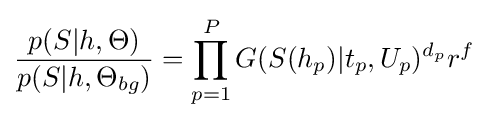
{\frac {p(S|h,\Theta )}{p(S|h,\Theta _{bg})}}=\prod _{p=1}^{P}G(S(h_{p})|t_{p},U_{p})^{d_{p}}r^{f}